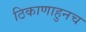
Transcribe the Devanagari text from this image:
ठिकाणाहुनच